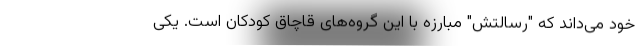
خود می‌داند که "رسالتش" مبارزه با این گروه‌های قاچاق کودکان است. یکی